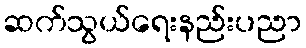
ဆက်သွယ်ရေးနည်းပညာ